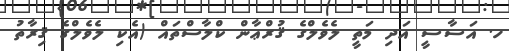
ހ. އަސާސީ އަދި މަތީ ލެވެލްގެ ޤުރްޢާން ކްލާސްތައް (އެކި ލެވެލްގެ ޤިރާތު